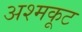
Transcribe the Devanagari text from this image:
अश्मकूट